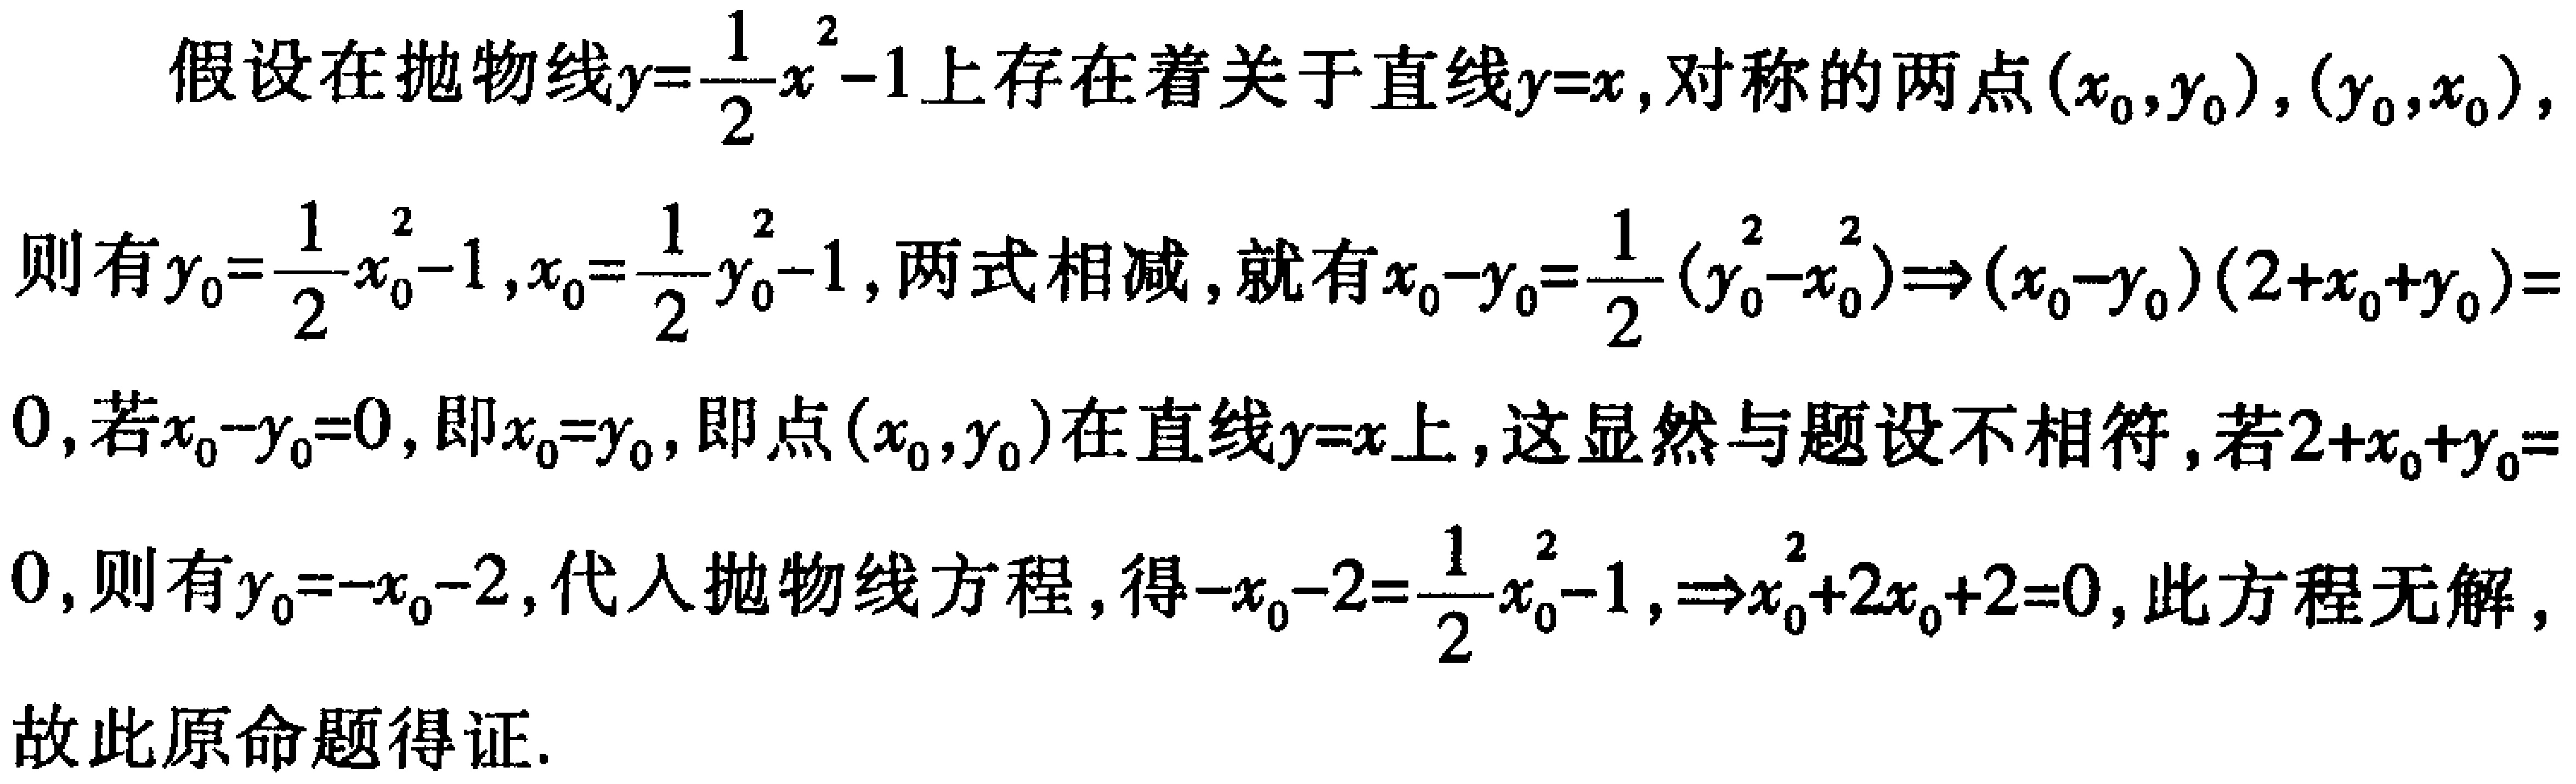
假设在抛物线\(y = \frac{1}{2}x^{2}-1\)上存在着关于直线\(y = x\)对称的两点\((x_{0},y_{0}),(y_{0},x_{0})\)，则有\(y_{0}=\frac{1}{2}x_{0}^{2}-1,x_{0}=\frac{1}{2}y_{0}^{2}-1\)，两式相减，就有\(x_{0}-y_{0}=\frac{1}{2}(y_{0}^{2}-x_{0}^{2})\Rightarrow(x_{0}-y_{0})(2 + x_{0}+y_{0}) = 0\)，若\(x_{0}-y_{0}=0\)，即\(x_{0}=y_{0}\)，即点\((x_{0},y_{0})\)在直线\(y = x\)上，这显然与题设不相符，若\(2 + x_{0}+y_{0}=0\)，则有\(y_{0}=-x_{0}-2\)，代入抛物线方程，得\(-x_{0}-2=\frac{1}{2}x_{0}^{2}-1,\Rightarrow x_{0}^{2}+2x_{0}+2 = 0\)，此方程无解，故此原命题得证.